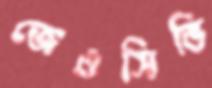
জেওসিভি